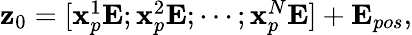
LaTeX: \begin{array}{r}{\mathbf{z}_{0}=[\mathbf{x}_{p}^{1}\mathbf{E};\mathbf{x}_{p}^{2}\mathbf{E};\cdots;\mathbf{x}_{p}^{N}\mathbf{E}]+\mathbf{E}_{pos},}\end{array}